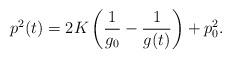
LaTeX: \begin{align*}p^2(t)=2K\left(\dfrac{1}{g_0}-\dfrac{1}{g(t)}\right)+p_0^2.\end{align*}